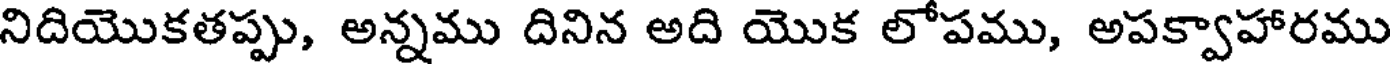
నిదియొకతప్పు, అన్నము దినిన అది యొక లోపము, అపక్వాహారము